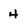
Character: 4